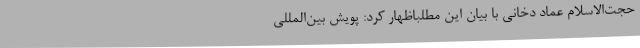
حجت‌الاسلام عماد دخانی با بیان این مطلباظهار کرد: پویش بین‌المللی